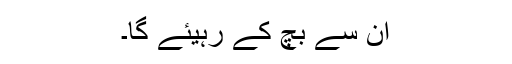
اِن سے بچ کے رہیئے گا۔